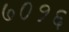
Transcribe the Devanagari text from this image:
७०१६